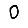
Digit: 0